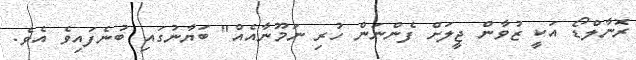
ރޮނާލްޑޯ އަކީ ޒުވާން ޖީލަށް ފެންނަން ހުރި ނަމޫނާއެއް" ބަޔާނުގައި ބުނެފައިވެ އެވެ.